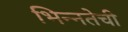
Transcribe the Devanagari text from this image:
भिन्नतेची